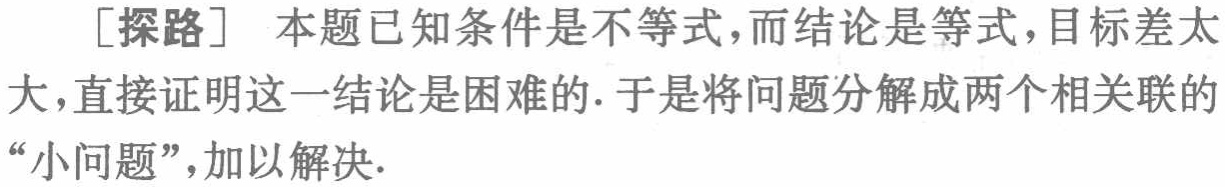
[探路] 本题已知条件是不等式，而结论是等式，目标差太大，直接证明这一结论是困难的. 于是将问题分解成两个相关联的“小问题”，加以解决.